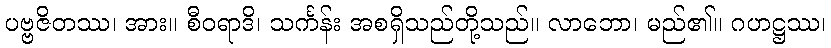
ပဗ္ဗဇိတဿ၊ အား။ စီဝရာဒိ၊ သင်္ကန်း အစရှိသည်တို့သည်။ လာဘော၊ မည်၏။ ဂဟဋ္ဌဿ၊